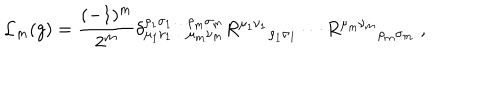
\mathcal { L } _ { m } ( g ) = \frac { ( - 1 ) ^ { m } } { 2 ^ { m } } \delta _ { \mu _ { 1 } \nu _ { 1 } \ldots \mu _ { m } \nu _ { m } } ^ { \rho _ { 1 } \sigma _ { 1 } \ldots \rho _ { m } \sigma _ { m } } { R ^ { \mu _ { 1 } \nu _ { 1 } } } _ { \rho _ { 1 } \sigma _ { 1 } } \cdots { R ^ { \mu _ { m } \nu _ { m } } } _ { \rho _ { m } \sigma _ { m } } \; ,